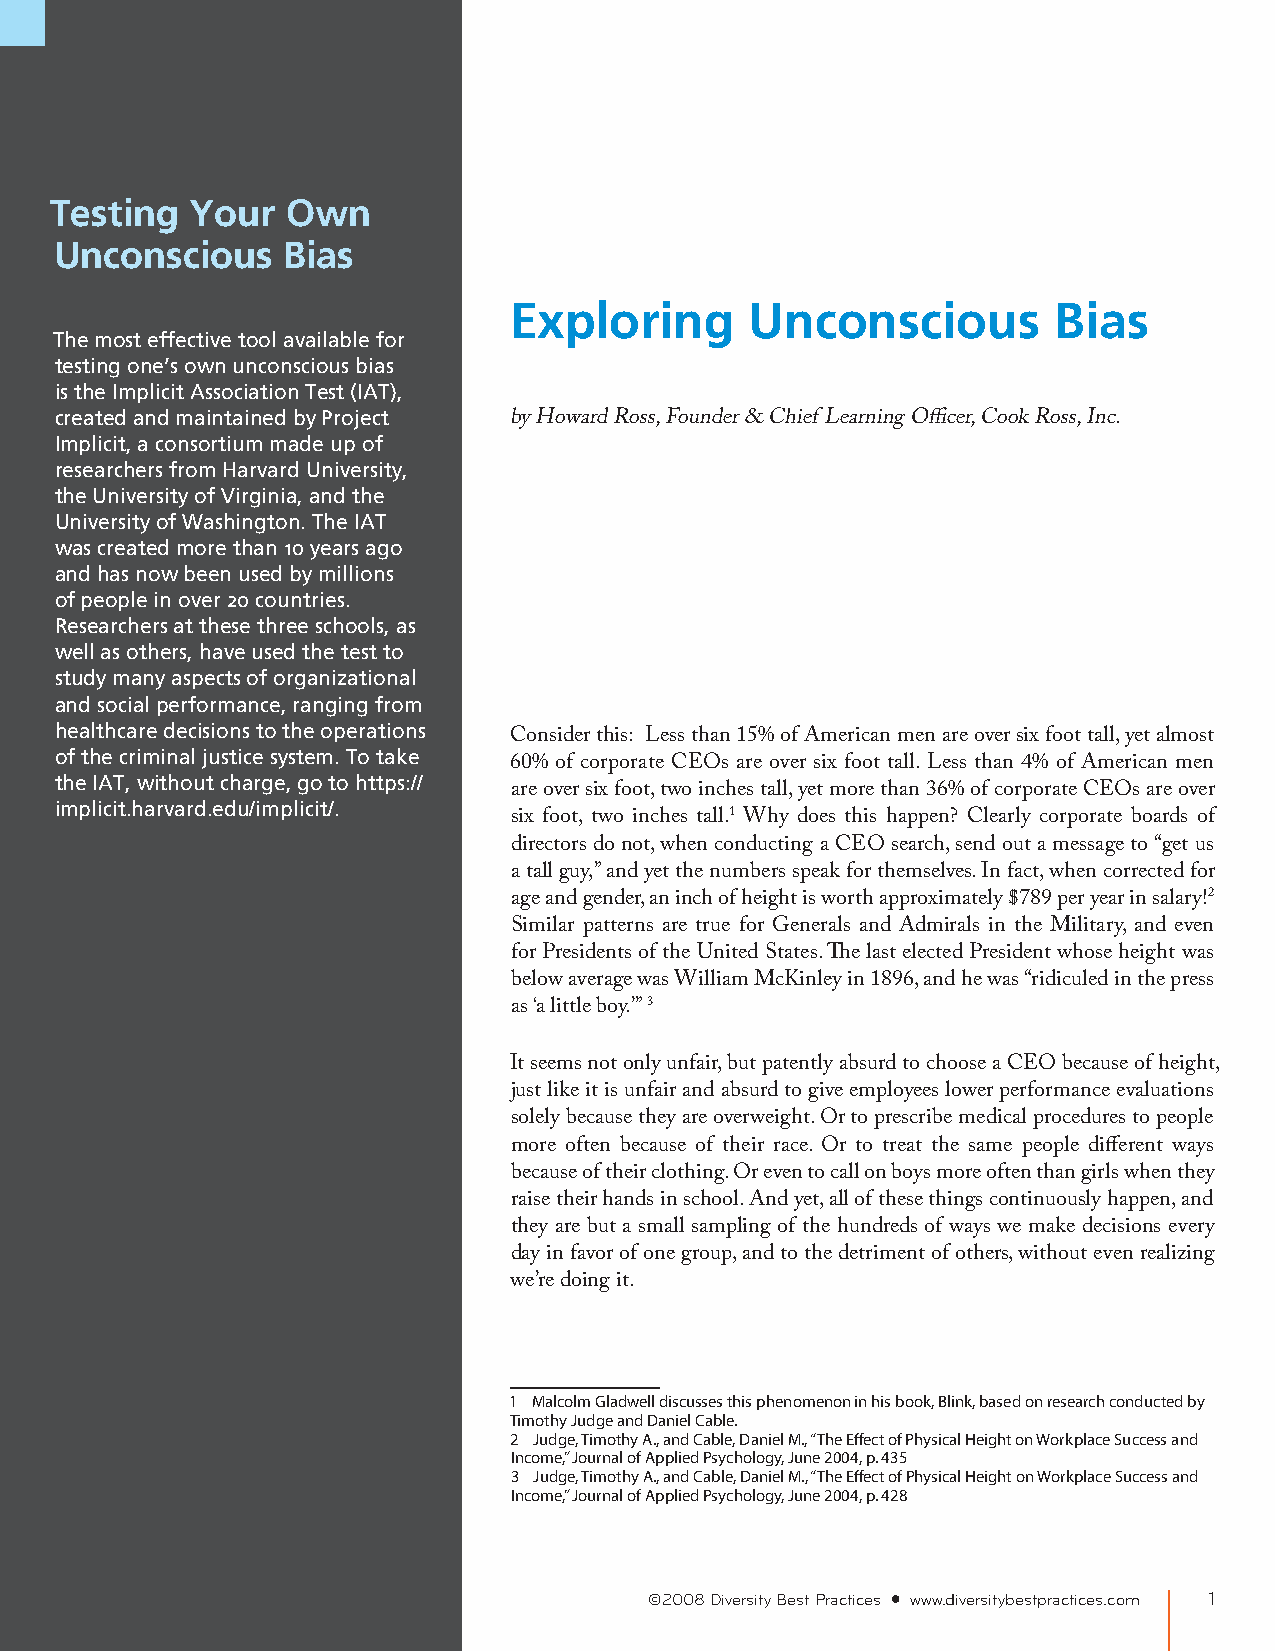
Testing   Your  Own
 Unconscious    Bias
 Exploring       Unconscious         Bias
 The most effective tool available for
 testing one’s own unconscious bias
 is the Implicit Association Test (IAT),
 created and maintained by Project
 by Howard Ross, Founder & Chief Learning Officer, Cook Ross, Inc.
 Implicit, a consortium made up of
 researchers from Harvard University,
 the University of Virginia, and the
 University of Washington. The IAT
 was created more than 10 years ago
 and has now been used by millions
 of people in over 20 countries.
 Researchers at these three schools, as
 well as others, have used the test to
 study many aspects of organizational
 and social performance, ranging from
 healthcare decisions to the operations
 Consider this: Less than 15% of American men are over six foot tall, yet almost
 of the criminal justice system. To take
 60% of corporate CEOs are over six foot tall. Less than 4% of American men
 the IAT, without charge, go to https://
 are over six foot, two inches tall, yet more than 36% of corporate CEOs are over
 implicit.harvard.edu/implicit/.
 six foot, two inches tall.1 Why does this happen? Clearly corporate boards of
 directors do not, when conducting a CEO search, send out a message to “get us
 a tall guy,” and yet the numbers speak for themselves. In fact, when corrected for
 age and gender, an inch of height is worth approximately $789 per year in salary!2
 Similar patterns are true for Generals and Admirals in the Military, and even
 for Presidents of the United States. The last elected President whose height was
 below average was William McKinley in 1896, and he was “ridiculed in the press
 as ‘a little boy.’” 3
 It seems not only unfair, but patently absurd to choose a CEO because of height,
 just like it is unfair and absurd to give employees lower performance evaluations
 solely because they are overweight. Or to prescribe medical procedures to people
 more often because of their race. Or to treat the same people different ways
 because of their clothing. Or even to call on boys more often than girls when they
 raise their hands in school. And yet, all of these things continuously happen, and
 they are but a small sampling of the hundreds of ways we make decisions every
 day in favor of one group, and to the detriment of others, without even realizing
 we’re doing it.
 1 Malcolm Gladwell discusses this phenomenon in his book, Blink, based on research conducted by
 Timothy Judge and Daniel Cable.
 2 Judge, Timothy A., and Cable, Daniel M., “The Effect of Physical Height on Workplace Success and
 Income,” Journal of Applied Psychology, June 2004, p. 435
 3 Judge, Timothy A., and Cable, Daniel M., “The Effect of Physical Height on Workplace Success and
 Income,” Journal of Applied Psychology, June 2004, p. 428
 ©2008 Diversity Best Practices • www.diversitybestpractices.com 1